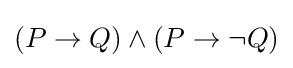
(P\to Q)\land (P\to \neg Q)